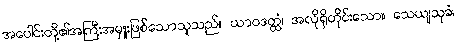
အပေါင်းတို့၏အကြီးအမှူးဖြစ်သောသူသည်။ ယာဝဒတ္ထံ၊ အလိုရှိတိုင်းသော။ သေယျသုခံ၊